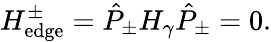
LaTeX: H_{\mathrm{edge}}^{\pm}=\hat{P}_{\pm}H_{\gamma}\hat{P}_{\pm}=0.